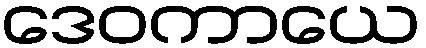
ဒေဝကာယေ